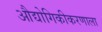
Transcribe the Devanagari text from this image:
औद्योगिकीकरणाला